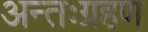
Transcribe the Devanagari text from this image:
अन्तःग्रहण